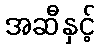
အဆီနှင့်